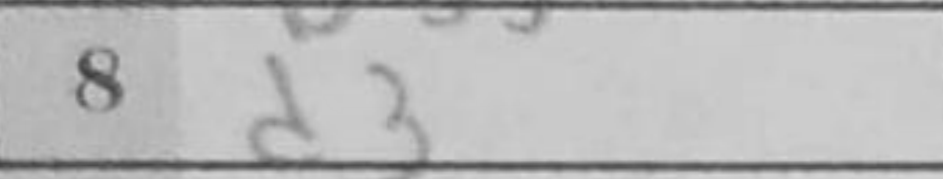
Transcription: d3